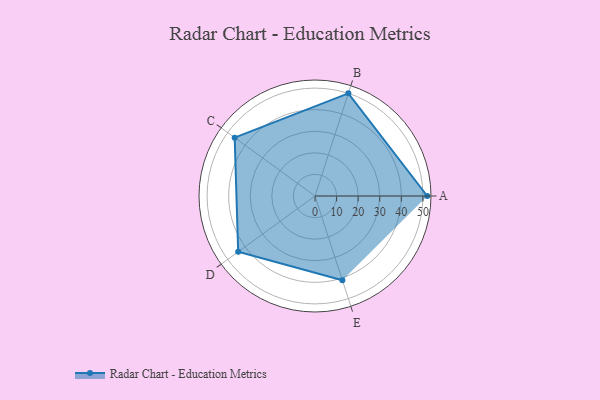
{"axis": {"x": "Skill", "y": "Score"}, "legend": ["Profile"], "data": [{"x": "A", "y": 52.0, "type": "Profile"}, {"x": "B", "y": 50.0, "type": "Profile"}, {"x": "C", "y": 46.0, "type": "Profile"}, {"x": "D", "y": 44.0, "type": "Profile"}, {"x": "E", "y": 41.0, "type": "Profile"}]}